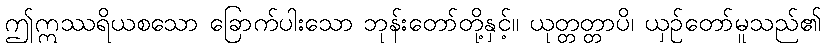
ဤဣဿရိယစသော ခြောက်ပါးသော ဘုန်းတော်တို့နှင့်။ ယုတ္တတ္တာပိ၊ ယှဉ်တော်မူသည်၏